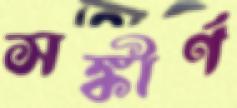
সঙ্কীর্ণ